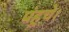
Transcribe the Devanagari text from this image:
पंहुचे।